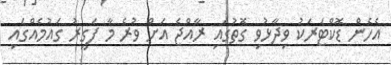
އެހެން ޑޮކްޓަރަކު ވިދާޅުވި ގޮތުގައި ރާއްޖެ އަށް ވުރެ މާ ފަގީރު ގައުމެއްގައި